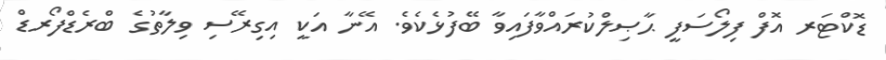
ޑޮކްޓަރ އޮފް ފިލޯސަފީ ޙާޞިލްކުރައްވާފައިވާ ބޭފުޅެކެވެ. އޭނާ އަކީ އިގިރޭސި ވިލާތުގެ ބްރެޑްފޯރޑް